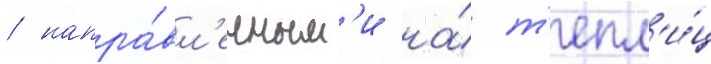
/ напра́вл'енным'и на́ т'епл'и́ц